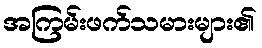
အကြမ်းဖက်သမားများ၏